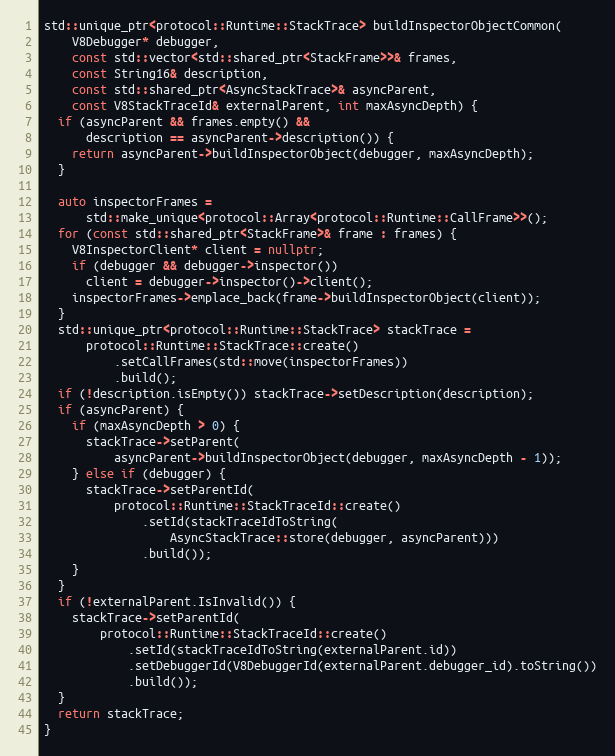
Language: C++
std::unique_ptr<protocol::Runtime::StackTrace> buildInspectorObjectCommon(
    V8Debugger* debugger,
    const std::vector<std::shared_ptr<StackFrame>>& frames,
    const String16& description,
    const std::shared_ptr<AsyncStackTrace>& asyncParent,
    const V8StackTraceId& externalParent, int maxAsyncDepth) {
  if (asyncParent && frames.empty() &&
      description == asyncParent->description()) {
    return asyncParent->buildInspectorObject(debugger, maxAsyncDepth);
  }

  auto inspectorFrames =
      std::make_unique<protocol::Array<protocol::Runtime::CallFrame>>();
  for (const std::shared_ptr<StackFrame>& frame : frames) {
    V8InspectorClient* client = nullptr;
    if (debugger && debugger->inspector())
      client = debugger->inspector()->client();
    inspectorFrames->emplace_back(frame->buildInspectorObject(client));
  }
  std::unique_ptr<protocol::Runtime::StackTrace> stackTrace =
      protocol::Runtime::StackTrace::create()
          .setCallFrames(std::move(inspectorFrames))
          .build();
  if (!description.isEmpty()) stackTrace->setDescription(description);
  if (asyncParent) {
    if (maxAsyncDepth > 0) {
      stackTrace->setParent(
          asyncParent->buildInspectorObject(debugger, maxAsyncDepth - 1));
    } else if (debugger) {
      stackTrace->setParentId(
          protocol::Runtime::StackTraceId::create()
              .setId(stackTraceIdToString(
                  AsyncStackTrace::store(debugger, asyncParent)))
              .build());
    }
  }
  if (!externalParent.IsInvalid()) {
    stackTrace->setParentId(
        protocol::Runtime::StackTraceId::create()
            .setId(stackTraceIdToString(externalParent.id))
            .setDebuggerId(V8DebuggerId(externalParent.debugger_id).toString())
            .build());
  }
  return stackTrace;
}